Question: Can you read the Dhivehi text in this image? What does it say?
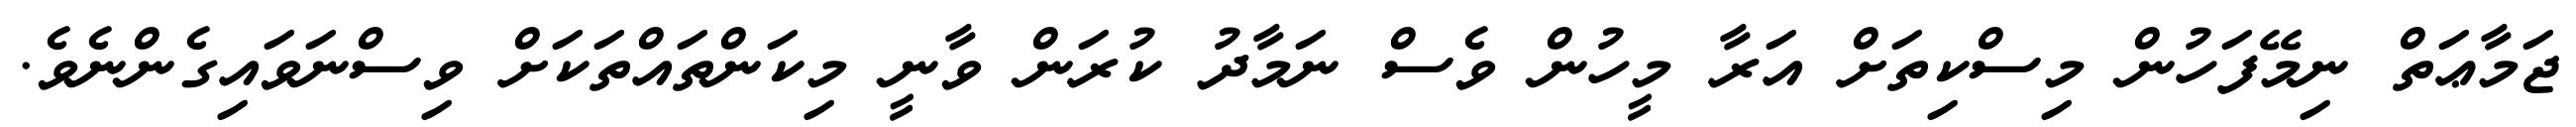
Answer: ޖަމާޢަތް ނިމޭފަހުން މިސްކިތަށް އަރާ މީހުން ވެސް ނަމާދު ކުރަން ވާނީ މިކަންތައްތަކަށް ވިސްނަވައިގެންނެވެ.